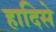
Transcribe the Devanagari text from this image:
हादिसे